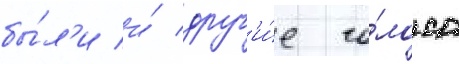
бы́л'и и́ друг'и́е го́лоса